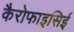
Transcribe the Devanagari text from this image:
कैरोफाइसिई